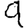
Digit: 9